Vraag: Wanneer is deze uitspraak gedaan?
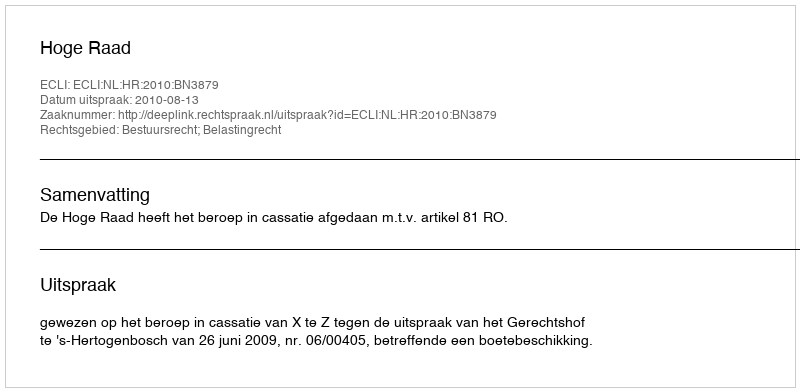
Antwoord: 2010-08-13